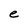
Character: e